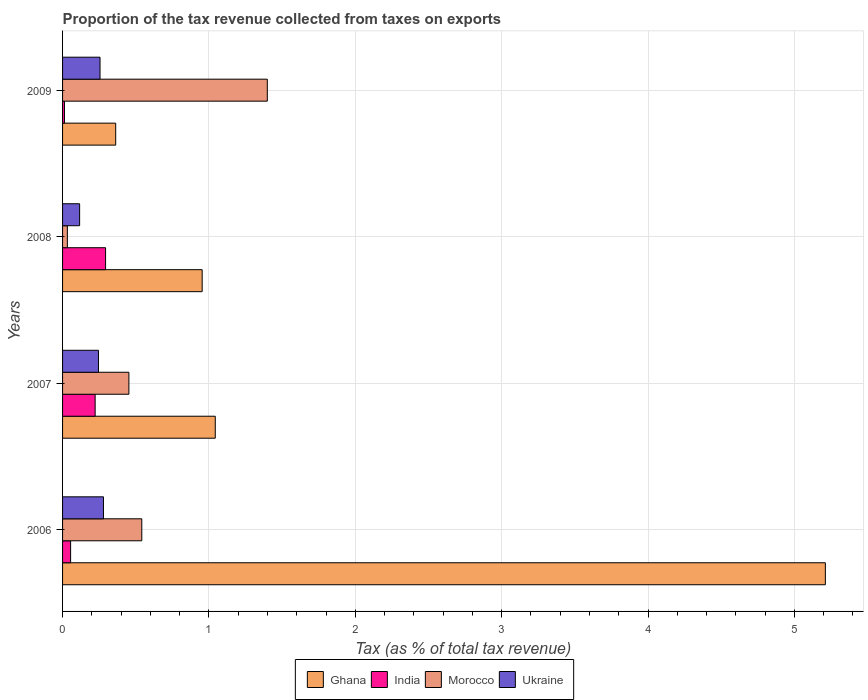
| Years | Ghana | India | Morocco | Ukraine |
 | --- | --- | --- | --- | --- |
 | 2006 | 5.21 | 0.0549 | 0.541 | 0.279 |
 | 2007 | 1.04 | 0.223 | 0.453 | 0.245 |
 | 2008 | 0.954 | 0.294 | 0.0327 | 0.117 |
 | 2009 | 0.363 | 0.013 | 1.4 | 0.256 |